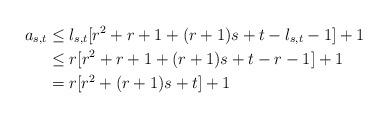
LaTeX: \begin{align*}a_{s,t}&\le l_{s,t}[r^2+r+1+(r+1)s+t-l_{s,t}-1]+1\\&\le r[r^2+r+1+(r+1)s+t-r-1]+1\\&=r[r^2+(r+1)s+t]+1\end{align*}